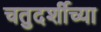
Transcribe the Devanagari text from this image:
चतुदर्शीच्या